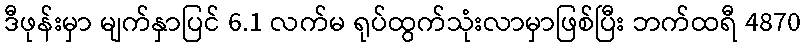
ဒီဖုန်းမှာ မျက်နှာပြင် 6.1 လက်မ ရုပ်ထွက်သုံးလာမှာဖြစ်ပြီး ဘက်ထရီ 4870